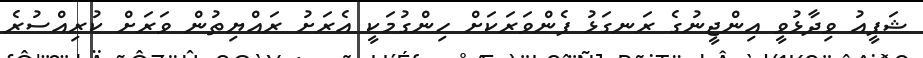
ޝަފީއު ވިދާޅުވީ އިންޖީނުގެ ރަނގަޅު ފެންވަރަކަށް ހިންގުމަކީ އެރަށު ރައްޔިތުން ވަރަށް ކުރިއްސުރެ